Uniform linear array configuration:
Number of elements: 8
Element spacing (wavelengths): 0.75
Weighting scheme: blackman
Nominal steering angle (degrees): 60
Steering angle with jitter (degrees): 60.796
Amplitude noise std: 0.05
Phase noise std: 0.05

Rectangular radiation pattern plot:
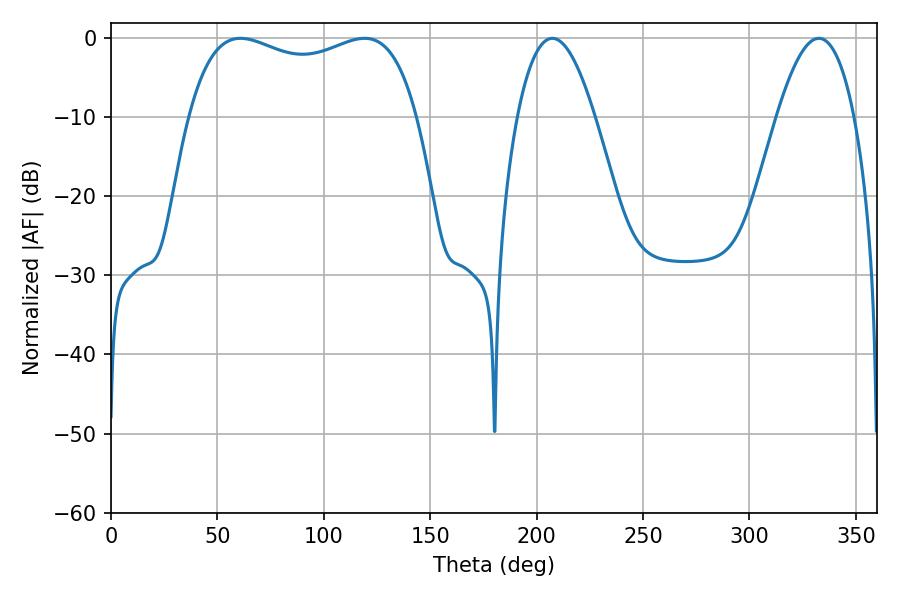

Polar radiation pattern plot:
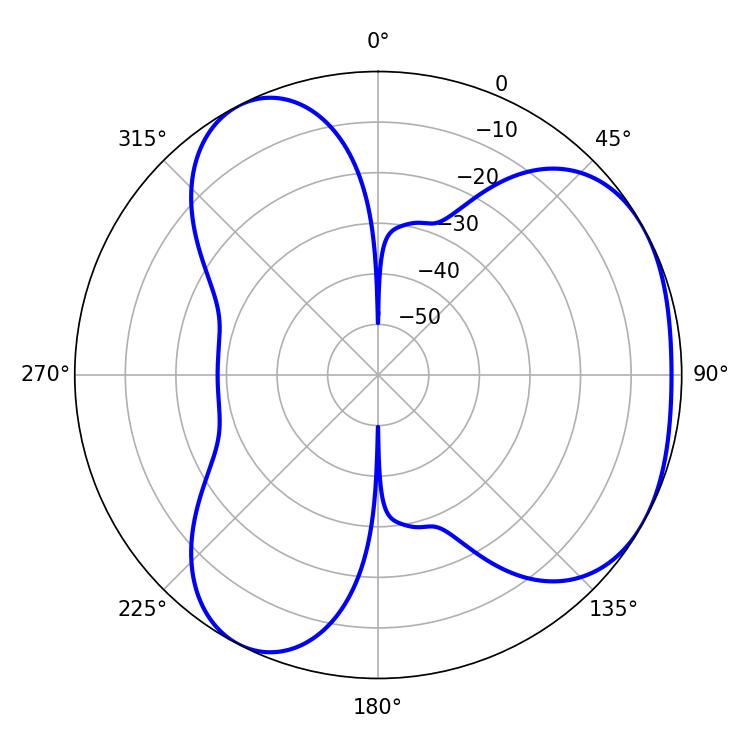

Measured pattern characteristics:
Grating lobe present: TRUE
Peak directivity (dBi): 3.833
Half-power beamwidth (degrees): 88.2
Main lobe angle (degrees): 60.84